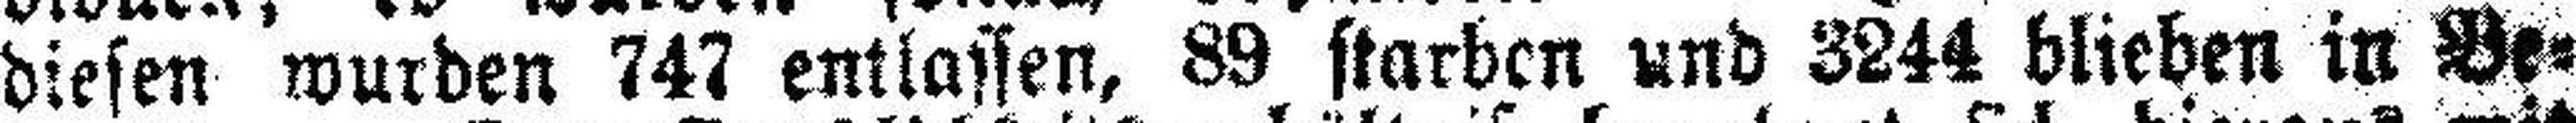
diesen wurden 747 entlassen, 89 starben und 3244 blieben in Be¬